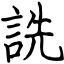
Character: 詵